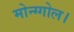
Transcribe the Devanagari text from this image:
मोन्ग्गोल।